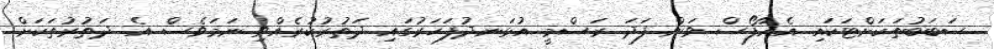
ސަބަބުތަކަށްޓަކައި އެއާފޯސް ވަން ފަދަ ރަސްމީ އުޅަނދުފަހަރުގައި ދަތުރުކުރެއްވި ނަމަވެސް އެ ދަތުރުތަކަށް